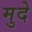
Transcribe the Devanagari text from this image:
मुदे